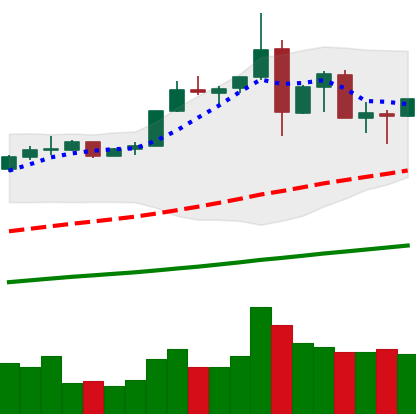
Ticker: ETH-USD
Chart end date: 2019-07-03
Forward return: 3.349%
Label: up_3_5